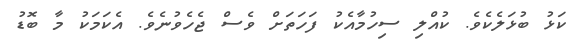
ކަޅު ބުޅަލެކެވެ. ކުއްލި ސިހުމާއެކު ފަހަތަށް ވެސް ޖެހެވުނެވެ. އެކަމަކު މާ ބޮޑު